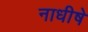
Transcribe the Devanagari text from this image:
नाधीषे